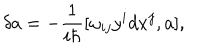
\delta a = - \frac 1 { i \hbar } [ \omega _ { i j } y ^ { i } d x ^ { j } , a ] ,